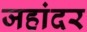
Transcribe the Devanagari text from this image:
जहांदर